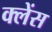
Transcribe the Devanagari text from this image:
क्लेंस